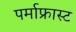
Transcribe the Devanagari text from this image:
पर्माफ्रास्ट